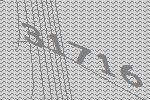
31716